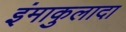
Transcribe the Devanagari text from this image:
इंमाकुलादा